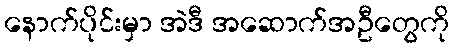
နောက်ပိုင်းမှာ အဲဒီ အဆောက်အဦတွေကို